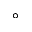
^ { \circ }